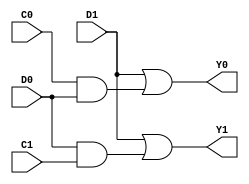
module RD1(C1,C0,D1,D0,Y1,Y0);
input C0,C1,D0,D1;
output Y0,Y1;

assign Y0=D1 | (C0 & D0);
assign Y1=D1 | (D0 & C1);

endmodule